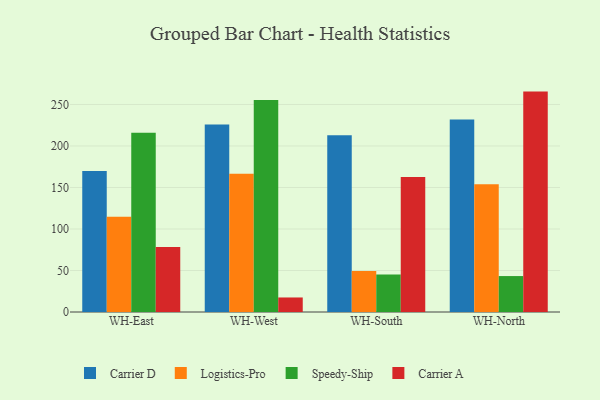
{"axis": {"x": "Warehouse", "y": "Churn Rate (%)"}, "legend": ["Carrier A", "Carrier D", "Logistics-Pro", "Speedy-Ship"], "data": [{"x": "WH-East", "y": 170.0, "type": "Carrier D"}, {"x": "WH-East", "y": 114.7, "type": "Logistics-Pro"}, {"x": "WH-East", "y": 216.0, "type": "Speedy-Ship"}, {"x": "WH-East", "y": 78.4, "type": "Carrier A"}, {"x": "WH-West", "y": 226.0, "type": "Carrier D"}, {"x": "WH-West", "y": 166.4, "type": "Logistics-Pro"}, {"x": "WH-West", "y": 255.3, "type": "Speedy-Ship"}, {"x": "WH-West", "y": 17.5, "type": "Carrier A"}, {"x": "WH-South", "y": 212.8, "type": "Carrier D"}, {"x": "WH-South", "y": 49.3, "type": "Logistics-Pro"}, {"x": "WH-South", "y": 45.1, "type": "Speedy-Ship"}, {"x": "WH-South", "y": 162.6, "type": "Carrier A"}, {"x": "WH-North", "y": 231.9, "type": "Carrier D"}, {"x": "WH-North", "y": 153.8, "type": "Logistics-Pro"}, {"x": "WH-North", "y": 43.3, "type": "Speedy-Ship"}, {"x": "WH-North", "y": 265.5, "type": "Carrier A"}]}